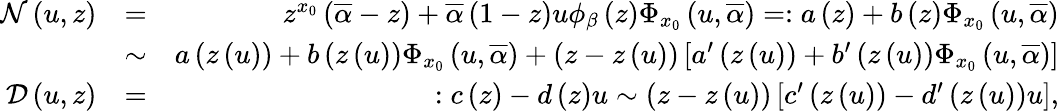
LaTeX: \begin{array}{rlr}{{\cal N}\left(u,z\right)}&{=}&{z^{x_{0}}\left(\overline{{\alpha}}-z\right)+\overline{{\alpha}}\left(1-z\right)u\phi_{\beta}\left(z\right)\Phi_{x_{0}}\left(u,\overline{{\alpha}}\right)=:a\left(z\right)+b\left(z\right)\Phi_{x_{0}}\left(u,\overline{{\alpha}}\right)}\\ &{\sim}&{a\left(z\left(u\right)\right)+b\left(z\left(u\right)\right)\Phi_{x_{0}}\left(u,\overline{{\alpha}}\right)+\left(z-z\left(u\right)\right)\left[a^{\prime}\left(z\left(u\right)\right)+b^{\prime}\left(z\left(u\right)\right)\Phi_{x_{0}}\left(u,\overline{{\alpha}}\right)\right]}\\ {{\cal D}\left(u,z\right)}&{=}&{:c\left(z\right)-d\left(z\right)u\sim\left(z-z\left(u\right)\right)\left[c^{\prime}\left(z\left(u\right)\right)-d^{\prime}\left(z\left(u\right)\right)u\right],}\end{array}